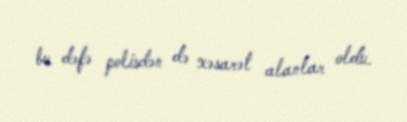
bu dəfə polisdən də xəsarət alanlar oldu.